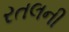
રતલની